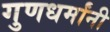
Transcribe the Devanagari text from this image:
गुणधर्मांनी